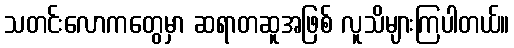
သတင်းလောကတွေမှာ ဆရာတဆူအဖြစ် လူသိများကြပါတယ်။